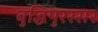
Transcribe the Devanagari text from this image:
बुद्धिपुरस्सर